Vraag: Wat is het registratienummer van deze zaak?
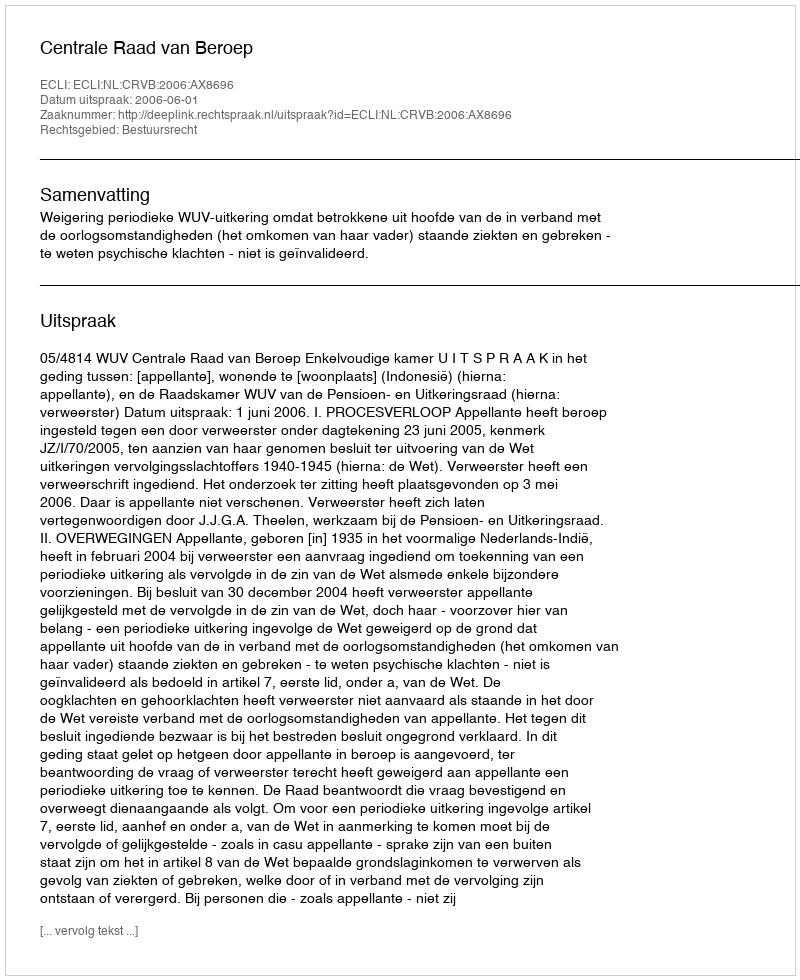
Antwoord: http://deeplink.rechtspraak.nl/uitspraak?id=ECLI:NL:CRVB:2006:AX8696